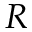
R